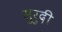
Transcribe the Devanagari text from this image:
सुरुदी